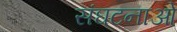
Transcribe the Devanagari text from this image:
संघटनाओ